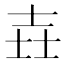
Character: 壵